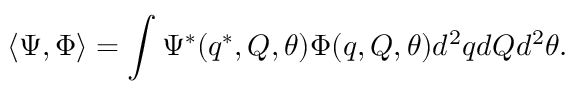
\langle \Psi , \Phi \rangle = \int \Psi ^ { * } ( q ^ { * } , Q , \theta ) \Phi ( q , Q , \theta ) d ^ { 2 } q d Q d ^ { 2 } \theta .